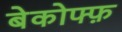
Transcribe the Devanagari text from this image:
बेकोफ्फ़